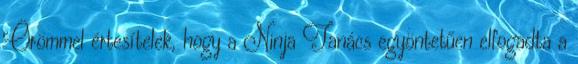
Örömmel értesítelek, hogy a Ninja Tanács egyöntetűen elfogadta a